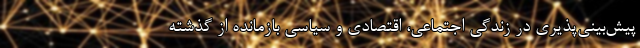
پیش‌بینی‌پذیری در زندگی اجتماعی، اقتصادی و سیاسی بازمانده از گذشته